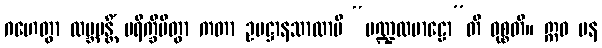
ဂဟေတွာ ထမ္ဘပန္တိံ ပရိက္ခိပိတွာ ကတာ ဥပဋ္ဌာနသာလာပိ “မဏ္ဍလမာဠော”တိ ဝုစ္စတိ။ ဣဓ ပန